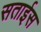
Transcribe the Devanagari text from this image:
सताईस